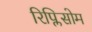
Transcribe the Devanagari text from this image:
रिप्लिसोम